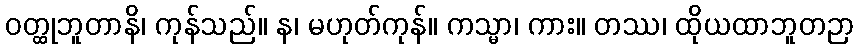
ဝတ္ထုဘူတာနိ၊ ကုန်သည်။ န၊ မဟုတ်ကုန်။ ကသ္မာ၊ ကား။ တဿ၊ ထိုယထာဘူတဉာ